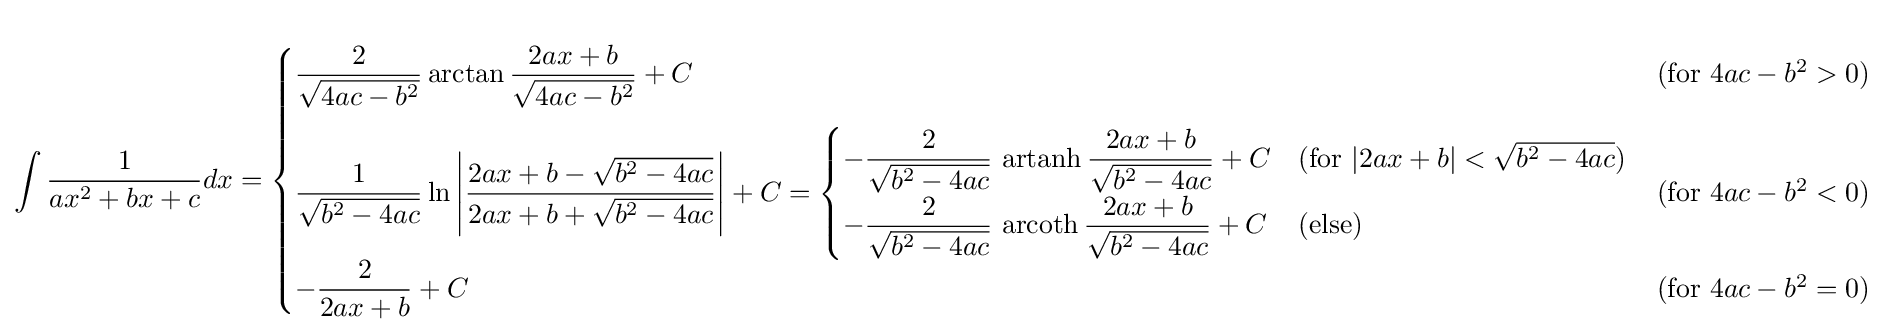
\int {\frac {1}{ax^{2}+bx+c}}dx={\begin{cases}\displaystyle {\frac {2}{\sqrt {4ac-b^{2}}}}\arctan {\frac {2ax+b}{\sqrt {4ac-b^{2}}}}+C&{\text{(for }}4ac-b^{2}>0{\mbox{)}}\\[12pt]\displaystyle {\frac {1}{\sqrt {b^{2}-4ac}}}\ln \left|{\frac {2ax+b-{\sqrt {b^{2}-4ac}}}{2ax+b+{\sqrt {b^{2}-4ac}}}}\right|+C={\begin{cases}\displaystyle -{\frac {2}{\sqrt {b^{2}-4ac}}}\,\operatorname {artanh} {\frac {2ax+b}{\sqrt {b^{2}-4ac}}}+C&{\text{(for }}|2ax+b|<{\sqrt {b^{2}-4ac}}{\mbox{)}}\\[6pt]\displaystyle -{\frac {2}{\sqrt {b^{2}-4ac}}}\,\operatorname {arcoth} {\frac {2ax+b}{\sqrt {b^{2}-4ac}}}+C&{\text{(else)}}\end{cases}}&{\text{(for }}4ac-b^{2}<0{\mbox{)}}\\[12pt]\displaystyle -{\frac {2}{2ax+b}}+C&{\text{(for }}4ac-b^{2}=0{\mbox{)}}\end{cases}}